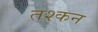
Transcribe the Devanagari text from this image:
तश्कन